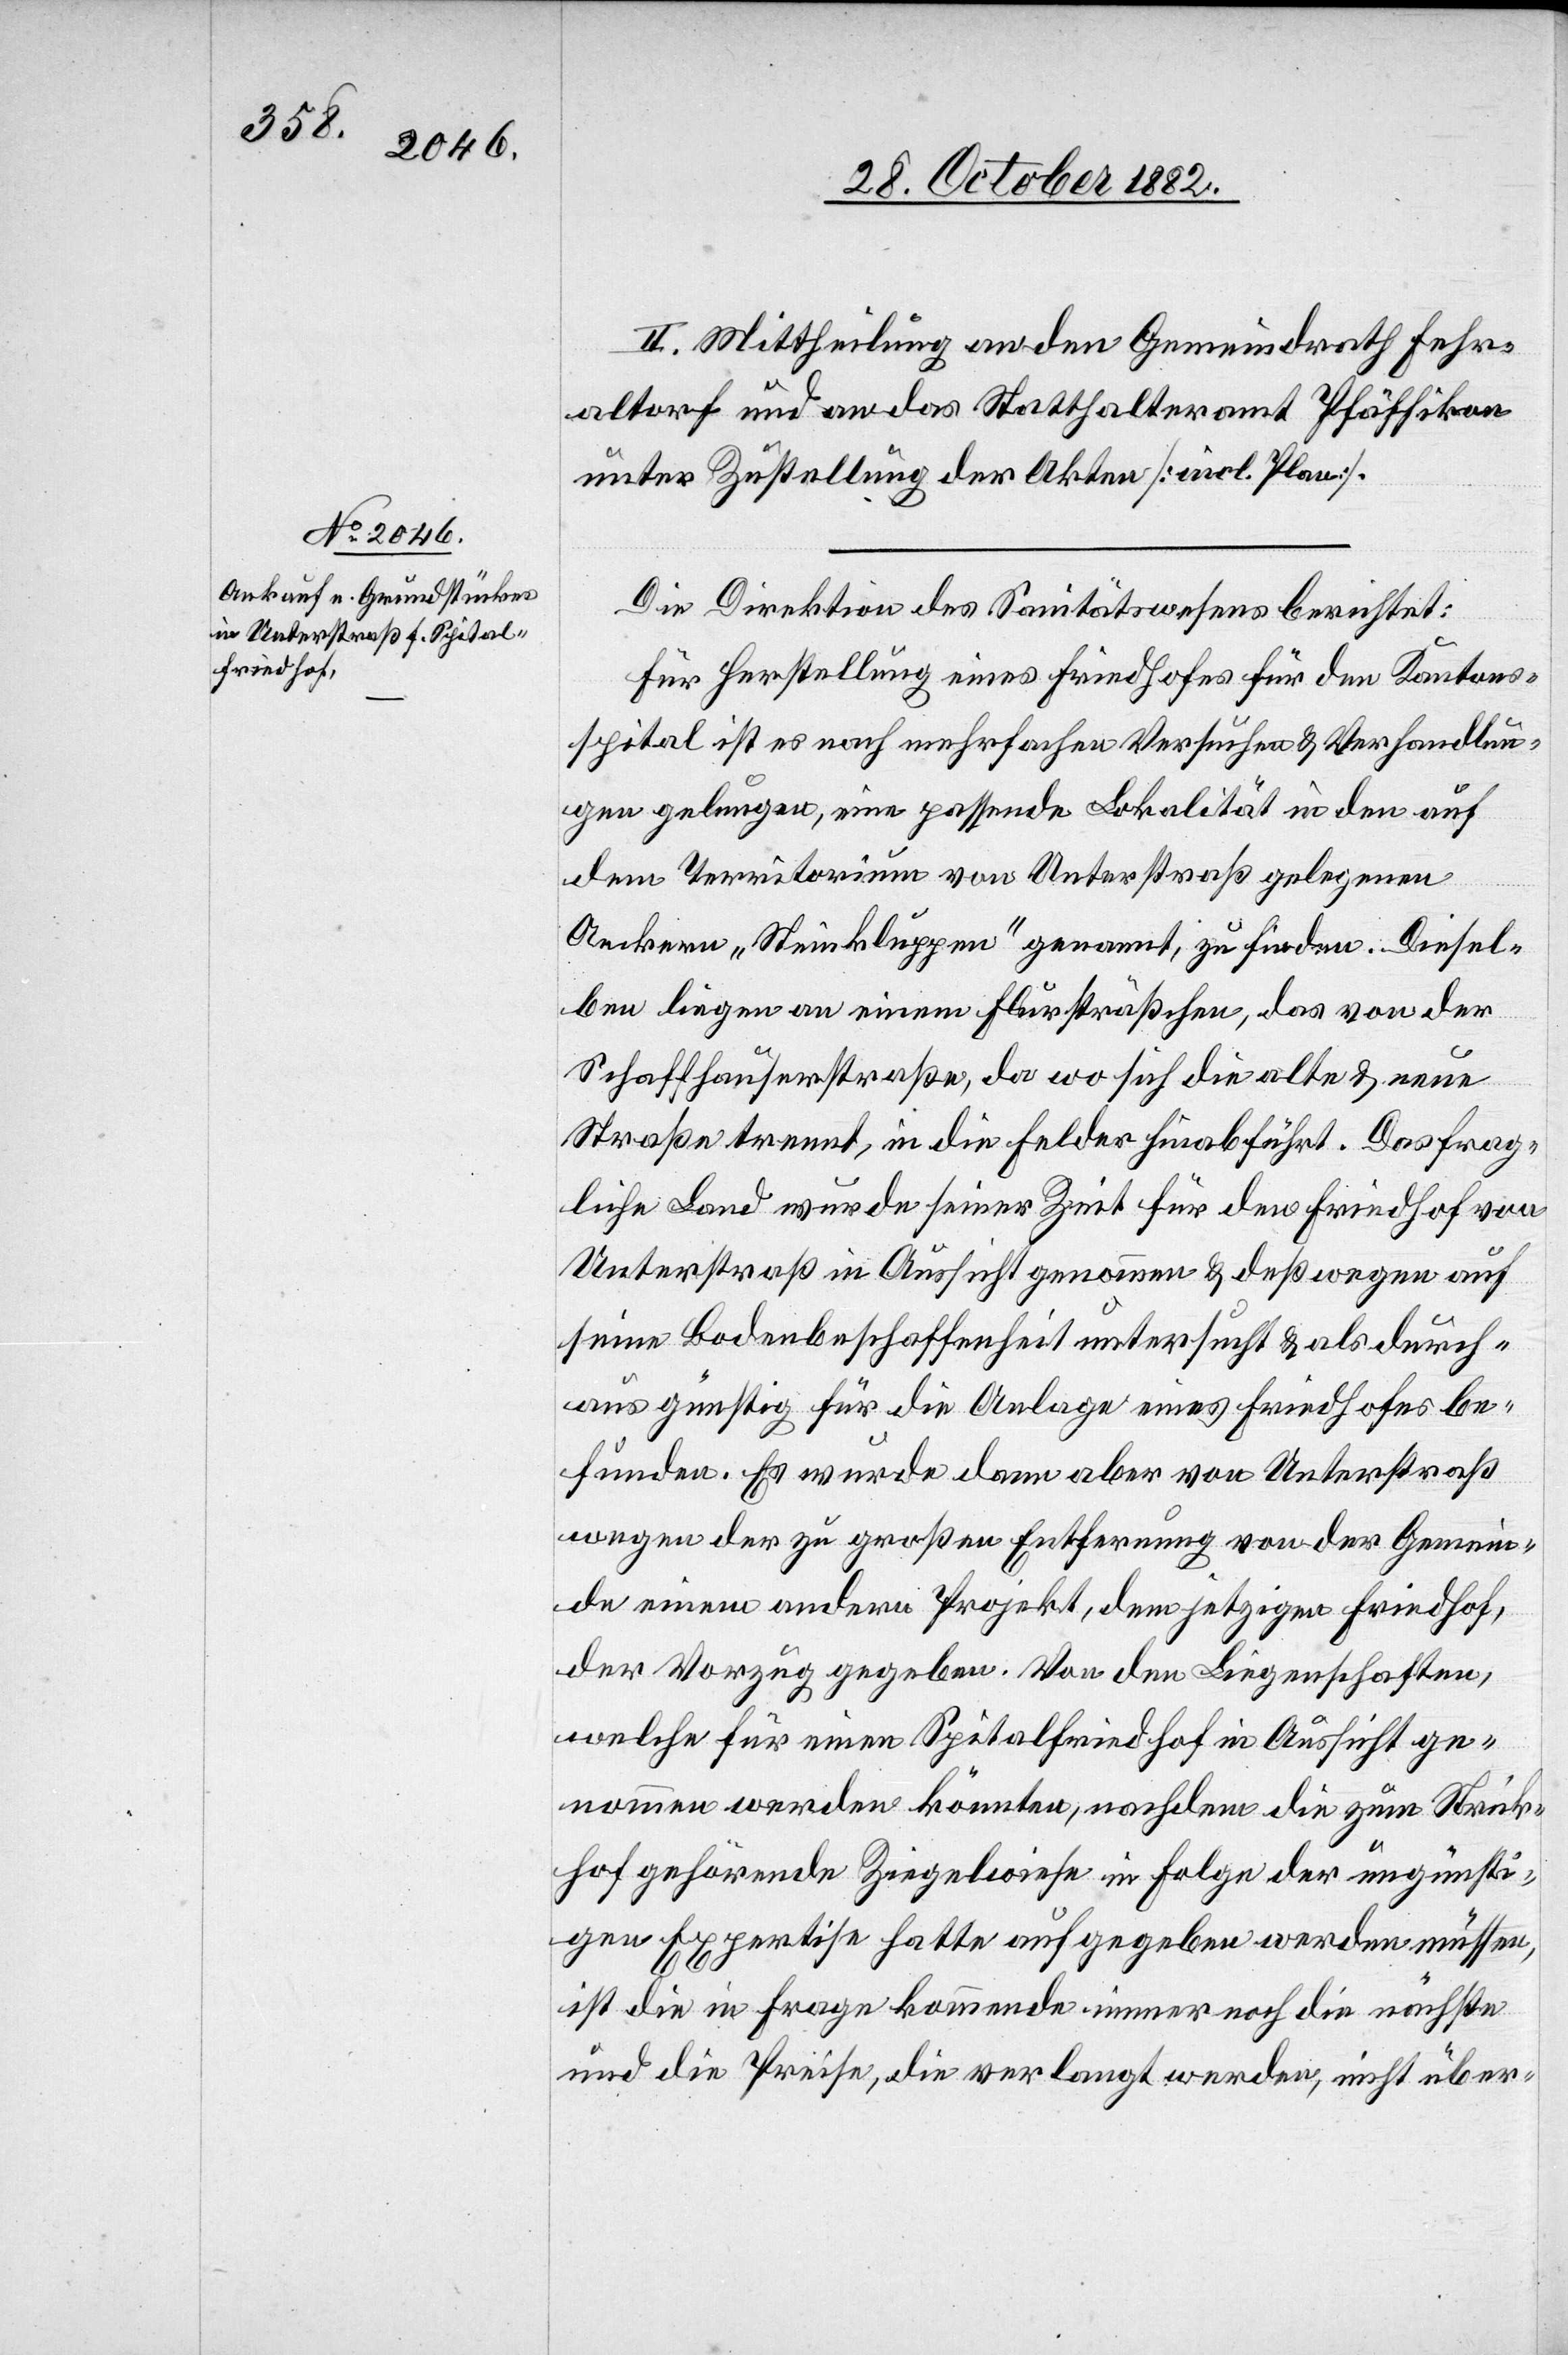
II. Mittheilung an den Gemeindrath Fehr¬
altorf und an das Statthalteramt Pfäffikon
unter Zustellung der Akten [incl. Plan].
Die Direktion des Sanitätswesens berichtet:
Für Herstellung eines Friedhofes für den Kantons¬
spital ist es nach mehrfachen Versuchen & Verhandlun¬
gen gelungen, eine passende Lokalität in den auf
dem Territorium von Unterstraß gelegenen
Aeckern „Stinkluppen“ genannt, zu finden. Diesel¬
ben liegen an einem Flursträßchen, das von der
Schaffhauserstraße, da wo sich die alte & neue
Straße trennt, in die Felder hinabführt. Das frag¬
liche Land wurde seiner Zeit für den Friedhof von
Unterstraß in Aussicht genommen & deßwegen auf
seine Bodenbeschaffenheit untersucht & als durch¬
aus günstig für die Anlage eines Friedhofes be¬
funden. Es wurde dann aber von Unterstraß
wegen der zu großen Entfernung von der Gemein¬
de einem andern Projekt, dem jetzigen Friedhof,
der Vorzug gegeben. Von den Liegenschaften,
welche für einen Spitalfriedhof in Aussicht ge¬
nommen werden könnten, nachdem die zum Strick¬
hof gehörende Ziegelwiese in Folge der ungünsti¬
gen Expertise hatte aufgegeben werden müssen,
ist die in Frage kommende immer noch die nächste
und die Preise, die verlangt werden, nicht über-